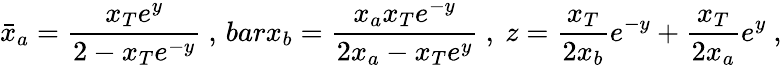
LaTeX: \bar{x}_{a}={\frac{x_{T}e^{y}}{2-x_{T}e^{-y}}}\ ,\, barx_{b}={\frac{x_{a}x_{T}e^{-y}}{2x_{a}-x_{T}e^{y}}}\ ,\ z={\frac{x_{T}}{2x_{b}}}e^{-y}+{\frac{x_{T}}{2x_{a}}}e^{y}\ ,